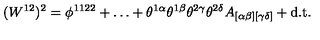
( W ^ { 1 2 } ) ^ { 2 } = \phi ^ { 1 1 2 2 } + \ldots + \theta ^ { 1 \alpha } \theta ^ { 1 \beta } \theta ^ { 2 \gamma } \theta ^ { 2 \delta } A _ { [ \alpha \beta ] [ \gamma \delta ] } + \mathrm { \small d . t . }